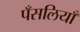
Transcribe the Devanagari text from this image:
पँसलियाँ